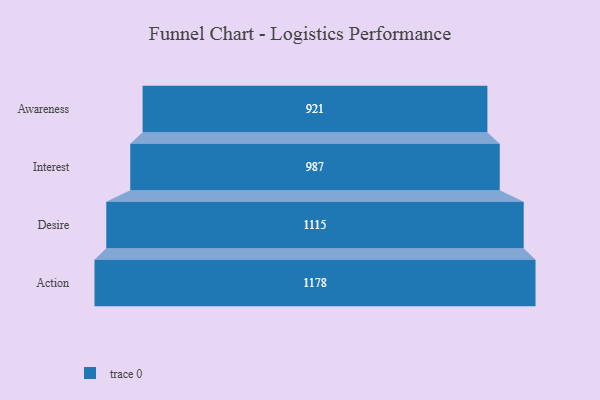
{"axis": {"x": "Stage", "y": "Value"}, "legend": [""], "data": [{"x": "Awareness", "y": 921.0, "type": ""}, {"x": "Interest", "y": 987.0, "type": ""}, {"x": "Desire", "y": 1115.0, "type": ""}, {"x": "Action", "y": 1178.0, "type": ""}]}